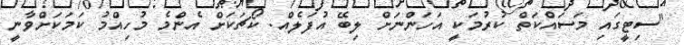
"ސިޓީގައި މަސައްކަތް ކުރުމަކީ އަހަންނަށް ލިބޭ އުފަލެއް. ކޯޗަކަށް އެންމެ މުހިއްމު ކަމަކަށްވާނީ